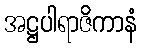
အဋ္ဌပါရာဇိကာနံ